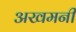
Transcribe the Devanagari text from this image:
अखमनी